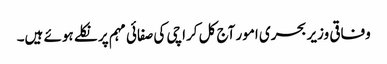
وفاقی وزیر بحری امور آج کل کراچی کی صفائی مہم پر نکلے ہوئے ہیں۔